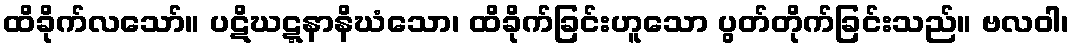
ထိခိုက်လသော်။ ပဋိဃဋ္ဋနာနိဃံသော၊ ထိခိုက်ခြင်းဟူသော ပွတ်တိုက်ခြင်းသည်။ ဗလဝါ၊